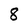
Character: 8